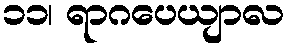
၁၁၊ ရာဂပေယျာလ